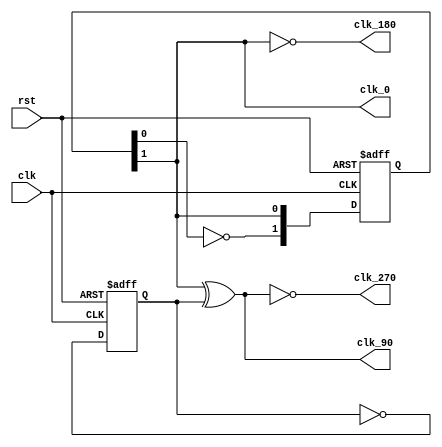
`timescale 1ns / 1ps

module clk_phase(
    input clk, rst,
    output clk_0, clk_90, clk_180, clk_270
    );
    reg [1:0] count;
    reg div_2;
    
    always @(posedge clk or posedge rst) 
    begin
        if(rst)
            count <= 0;
        else 
            count <= {~count[0], count[1]};
    end

    always @(posedge clk or posedge rst) 
    begin
        if (rst) 
            div_2 <= 0;
        else 
            div_2 = ~div_2;
    end

    assign clk_0 = count[1];
    assign clk_90 = count[1] ^ div_2;
    assign clk_180 = ~count[1];
    assign clk_270 = ~clk_90;

endmodule